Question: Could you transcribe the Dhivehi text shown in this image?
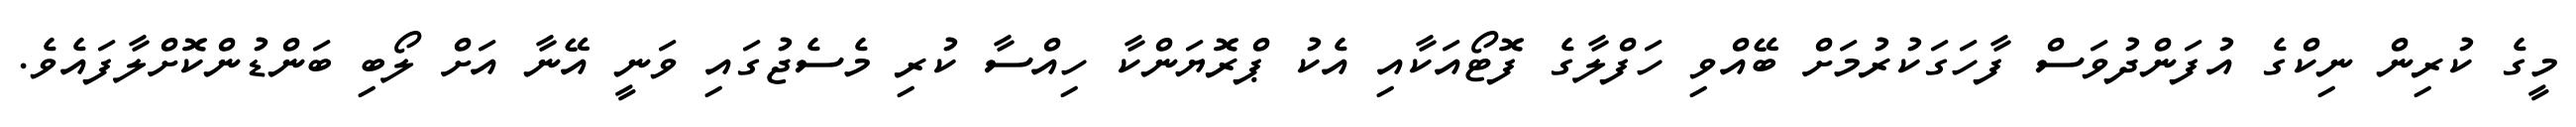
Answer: މީގެ ކުރިން ނިކްގެ އުފަންދުވަސް ފާހަގަކުރުމަށް ބޭއްވި ހަފްލާގެ ފޮޓޯއަކާއި އެކު ޕްރޮޔަންކާ ހިއްސާ ކުރި މެސެޖުގައި ވަނީ އޭނާ އަށް ލޯބި ބަންޑުންކޮށްލާފައެވެ.